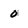
Character: 0